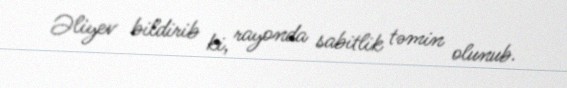
Əliyev bildirib ki, rayonda sabitlik təmin olunub.